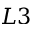
L 3